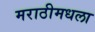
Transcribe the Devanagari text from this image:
मराठीमधला